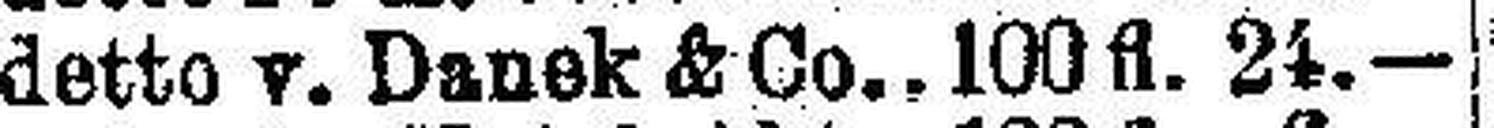
detto v. Danek & Co. 100 fl. 24.—